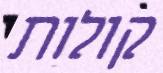
קולות